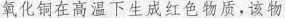
氧化铜在高温下生成红色物质，该物